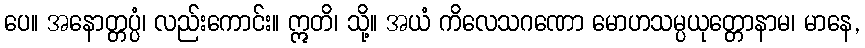
ပေ။ အနောတ္တပ္ပံ၊ လည်းကောင်း။ ဣတိ၊ သို့။ အယံ ကိလေသဂဏော မောဟသမ္ပယုတ္တောနာမ၊ မာနေ,